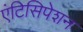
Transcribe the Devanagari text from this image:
एंटिसिपेशन